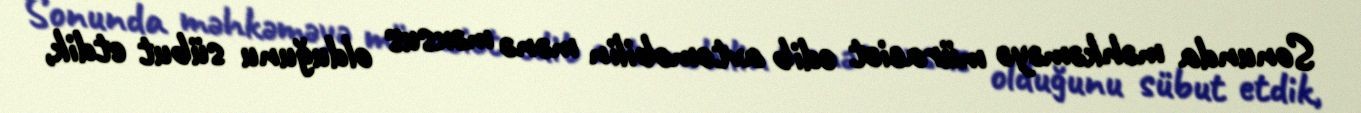
Sonunda məhkəməyə müraciət edib avtomobilin mənə məxsus olduğunu sübut etdik,